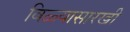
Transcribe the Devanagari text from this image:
विळ्यासारखी